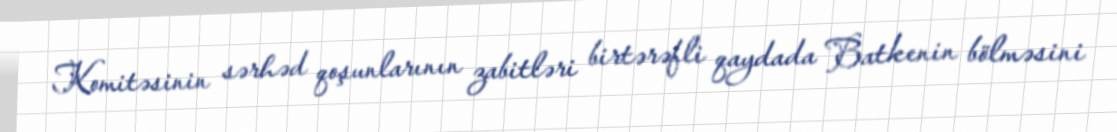
Komitəsinin sərhəd qoşunlarının zabitləri birtərəfli qaydada Batkenin bölməsini